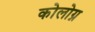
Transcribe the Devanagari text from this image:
कोलोग्न